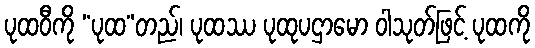
ပုထဝီကို “ပုထ”တည်၊ ပုထဿ ပုထုပဌာမော ဝါသုတ်ဖြင့် ပုထကို